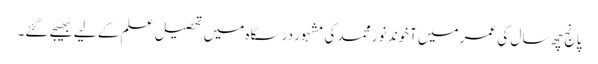
پانج چھ سال کی عمر میں آخوند نور محمد کی مشہور درسگاہ میں تحصیل علم کے لیے بھیجے گئے۔